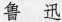
鲁 迅